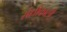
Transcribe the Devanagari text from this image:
संधीकाली